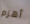
أهزم